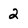
Character: 2